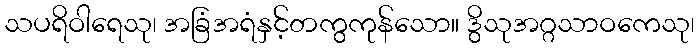
သပရိဝါရေသု၊ အခြံအရံနှင့်တကွကုန်သော။ ဒွိသုအဂ္ဂသာဝကေသု၊